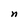
Character: n